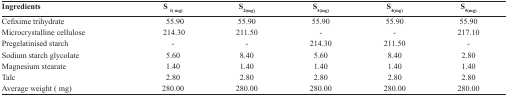
<table><thead><tr><td><b>Ingredients</b></td><td><b>S <sub>1(mg)</sub></b></td><td><b>S<sub>2(mg)</sub></b></td><td><b>S<sub>3(mg)</sub></b></td><td><b>S<sub>4(mg)</sub></b></td><td><b>S<sub>5(mg)</sub></b></td></tr></thead><tbody><tr><td>Cefixime trihydrate</td><td>55.90</td><td>55.90</td><td>55.90</td><td>55.90</td><td>55.90</td></tr><tr><td>Microcrystalline cellulose</td><td>214.30</td><td>211.50</td><td>-</td><td>-</td><td>217.10</td></tr><tr><td>Pregelatinised starch</td><td>-</td><td>-</td><td>214.30</td><td>211.50</td><td>-</td></tr><tr><td>Sodium starch glycolate</td><td>5.60</td><td>8.40</td><td>5.60</td><td>8.40</td><td>2.80</td></tr><tr><td>Magnesium stearate</td><td>1.40</td><td>1.40</td><td>1.40</td><td>1.40</td><td>1.40</td></tr><tr><td>Talc</td><td>2.80</td><td>2.80</td><td>2.80</td><td>2.80</td><td>2.80</td></tr><tr><td>Average weight (mg)</td><td>280.00</td><td>280.00</td><td>280.00</td><td>280.00</td><td>280.00</td></tr></tbody></table>